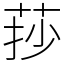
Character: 莏